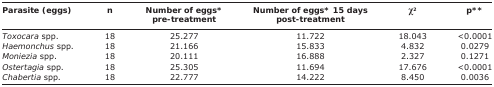
<table><thead><tr><td><b>Parasite (eggs)</b></td><td><b>n</b></td><td><b>Number of eggs* pre-treatment</b></td><td><b>Number of eggs* 15 days post-treatment</b></td><td><b>χ<sup>2</sup></b></td><td><b>p**</b></td></tr></thead><tbody><tr><td><i>Toxocara</i> spp.</td><td>18</td><td>25.277</td><td>11.722</td><td>18.043</td><td>&lt;0.0001</td></tr><tr><td><i>Haemonchus</i> spp.</td><td>18</td><td>21.166</td><td>15.833</td><td>4.832</td><td>0.0279</td></tr><tr><td><i>Moniezia</i> spp.</td><td>18</td><td>20.111</td><td>16.888</td><td>2.327</td><td>0.1271</td></tr><tr><td><i>Ostertagia</i> spp.</td><td>18</td><td>25.305</td><td>11.694</td><td>17.676</td><td>&lt;0.0001</td></tr><tr><td><i>Chabertia</i> spp.</td><td>18</td><td>22.777</td><td>14.222</td><td>8.450</td><td>0.0036</td></tr></tbody></table>